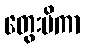
တွေးမိကာ